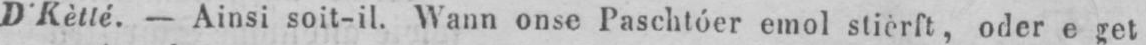
D’Kètté. - Ainsi soit-il. Wann onse Paschtóer emol stierft, oder e get